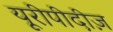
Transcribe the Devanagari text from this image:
यूरीपीदीज़